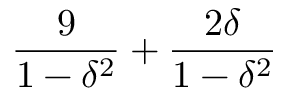
{ \frac { 9 } { 1 - \delta ^ { 2 } } } + { \frac { 2 \delta } { 1 - \delta ^ { 2 } } }